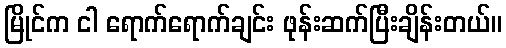
မြိုင်က ငါ ရောက်ရောက်ချင်း ဖုန်းဆက်ပြီးချိန်းတယ်။